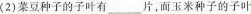
(2)菜豆种子的子叶有___片，而玉米种子的子叶